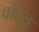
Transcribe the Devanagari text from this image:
वोस्लु